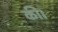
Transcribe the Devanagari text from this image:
की।